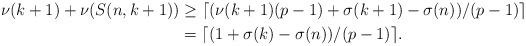
LaTeX: \begin{align*}\nu(k+1)+\nu(S(n,k+1)) &\ge \lceil (\nu(k+1)(p-1)+\sigma(k+1)-\sigma(n))/(p-1) \rceil \\&= \lceil(1+\sigma(k)-\sigma(n))/(p-1)\rceil. \end{align*}